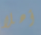
أهلا